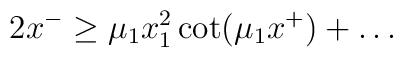
2x^- \ge \mu_1 x_1^2 \cot(\mu_1 x^+) + \ldots